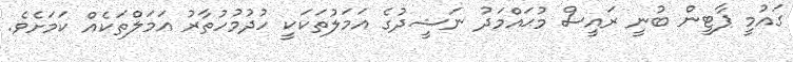
ގައުމީ ޕާޓީން ބުނީ ރައީސް މުޙައްމަދު ނަޝީދުގެ އަމަލުތަކަކީ ހުދުމުހުތާރު އަމަލްތަކެއް ކަމަށެވެ.